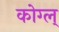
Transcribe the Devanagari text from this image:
कोग्ल्